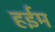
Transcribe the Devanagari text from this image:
हईम